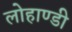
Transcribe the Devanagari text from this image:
लोहाण्डी